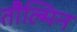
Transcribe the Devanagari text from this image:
तौल्मिन